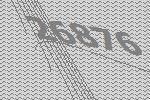
26876